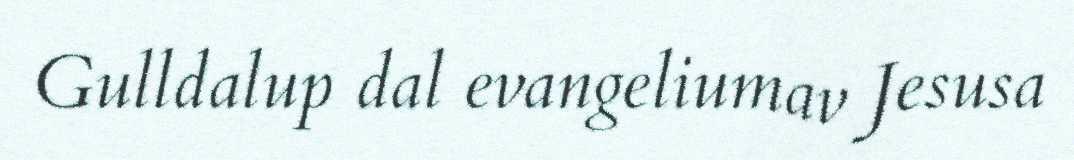
Gulldalup dal evangeliumav Jesusa